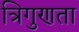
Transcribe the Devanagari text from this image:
त्रिगुणता